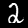
Label: 2